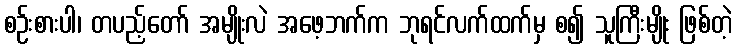
စဉ်းစားပါ၊ တပည့်တော် အမျိုးလဲ အဖေ့ဘက်က ဘုရင်လက်ထက်မှ စ၍ သူကြီးမျိုး ဖြစ်တဲ့